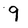
Character: g